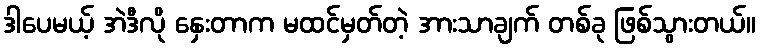
ဒါပေမယ့် အဲဒီလို နှေးတာက မထင်မှတ်တဲ့ အားသာချက် တစ်ခု ဖြစ်သွားတယ်။